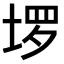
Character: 𫭽